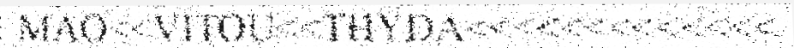
MAO<<VITOU<<THYDA<<<<<<<<<<<<<